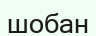
шобан